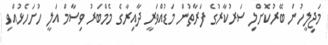
މަޖިލީހުން ބޭރުކޮށްލި ސަރުކާރުގެ ފަރާތުން މަޑުއްވަރީ ދާއިރާގެ މެމްބަރު ވިސާމް އަލީ ހުށަހެޅުއްވި